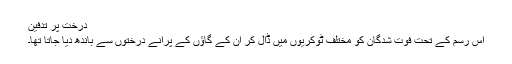
درخت پر تدفین
اس رسم کے تحت فوت شدگان کو مختلف ٹوکریوں میں ڈال کر ان کے گاؤں کے پرانے درختوں سے باندھ دیا جاتا تھا۔